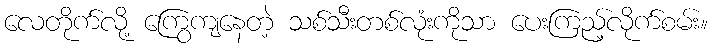
လေတိုက်လို့ ကြွေကျနေတဲ့ သစ်သီးတစ်လုံးကိုသာ ပေးကြည့်လိုက်စမ်း။